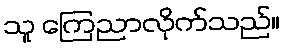
သူ ကြေညာလိုက်သည်။